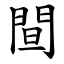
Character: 䦔